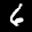
Label: 6